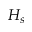
H _ { s }